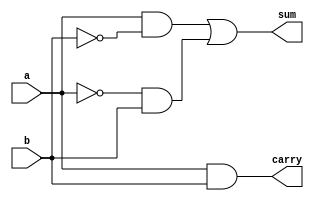
`timescale 1ns / 1ps

// Design Name: 2016440097 


module halfadder(a,b,sum,carry);
input a,b;
output sum,carry;

assign sum=  a & ~b | ~a & b;
assign carry=a&b;

endmodule